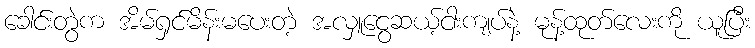
ခေါင်းတွဲက အိမ်ရှင်မိန်းမပေးတဲ့ အလှူငွေဆယ့်ငါးကျပ်နဲ့ မုန့်ထုတ်လေးကို ယူပြီး